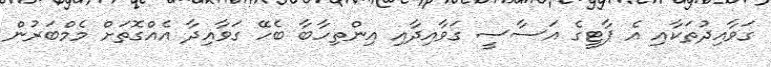
ގަވާއިދުތަކާއި އެ ޕާޓީގެ އަސާސީ ގަވާއިދާއި އިންތިހާބާ ބެހޭ ގަވާއިދާ އެއްގޮތަށް މެމްބަރުން